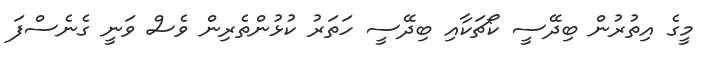
މީގެ އިތުރުން ބިދޭސީ ކޯޗަކާއި ބިދޭސީ ހަތަރު ކުޅުންތެރިން ވެސް ވަނީ ގެނެސްފަ